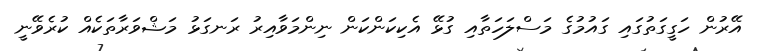
އޭރުން ހަގީގަތުގައި ގައުމުގެ މަސްލަހަތާއި ގުޅޭ އެކިކަންކަން ނިންމަވާއިރު ރަނގަޅު މަޝްވަރާތަކެއް ކުރެވޭނީ